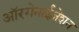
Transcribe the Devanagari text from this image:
ऑरगेनाईज़ेशन